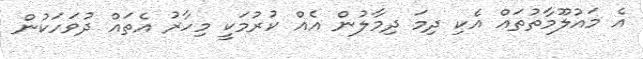
އެ މައުލޫމާތުތައް އެކި ދިމަ ދިމާލުން އެއް ކުރުމަކީ މިހާރު އެތައް ދުވަހަކުން